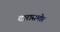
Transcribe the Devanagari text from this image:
दारासमोर